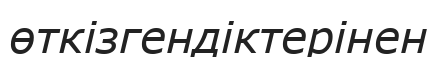
өткізгендіктерінен